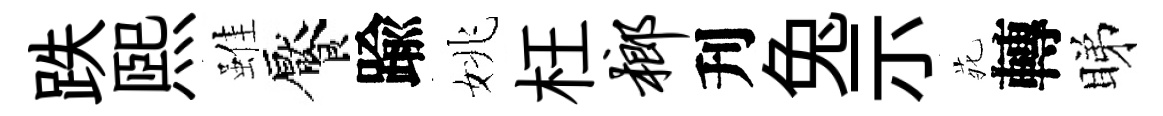
跌熙雖饜踰姚枉榔刋兔示𫟍轉睇